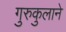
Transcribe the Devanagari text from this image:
गुरुकुलाने